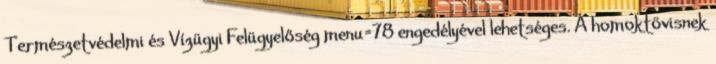
Természetvédelmi és Vízügyi Felügyelőség menu=78 engedélyével lehetséges. A homoktövisnek